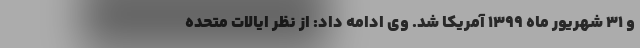
و ۳۱ شهریور ماه ۱۳۹۹ آمریکا شد. وی ادامه داد: از نظر ایالات متحده